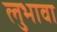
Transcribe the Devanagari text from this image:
लुभावा